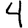
Digit: 4